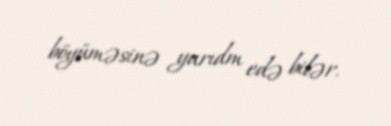
böyüməsinə yarıdm edə bilər.